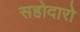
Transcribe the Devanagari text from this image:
सहोदारो